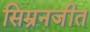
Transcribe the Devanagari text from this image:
सिम्रनजीत